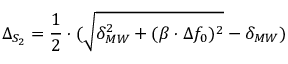
\Delta _ { S _ { 2 } } = \frac { 1 } { 2 } \cdot ( \sqrt { \delta _ { M W } ^ { 2 } + ( \beta \cdot \Delta f _ { 0 } ) ^ { 2 } } - \delta _ { M W } )